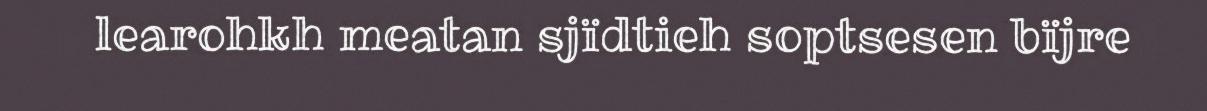
learohkh meatan sjïdtieh soptsesen bïjre